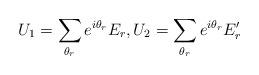
LaTeX: \begin{align*}U_1=\sum_{\theta_r} e^{i\theta_r} E_r,U_2=\sum_{\theta_r} e^{i\theta_r} E_r'\end{align*}